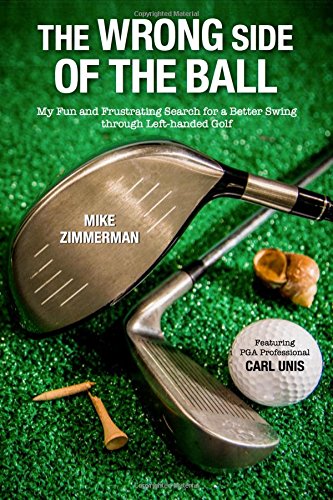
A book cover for The Wrong Side of the Ball: My Fun and Frustrating Search for a Better Swing through Left-handed Golf; Mike Zimmerman; Sports & Outdoors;